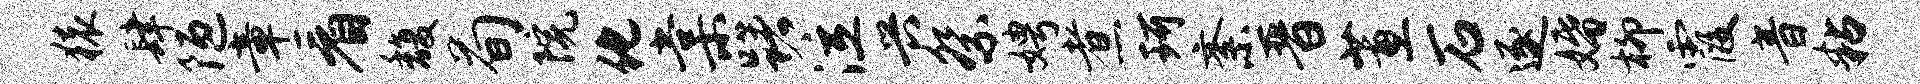
猿肆陋章看馥荀院化棠躇泣兴祭娉煮珂紊晋蕙石逐婚柳霞音粘